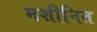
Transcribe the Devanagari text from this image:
मशीनित